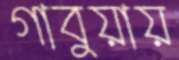
গাবুয়ায়